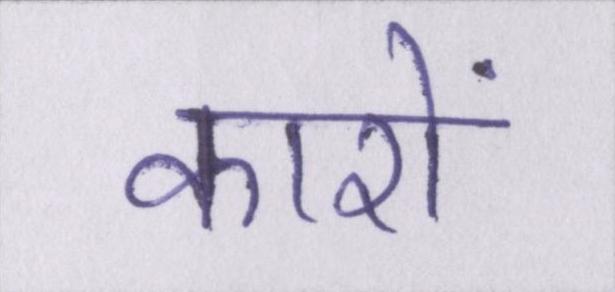
कारों